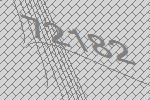
72182